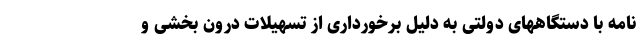
نامه با دستگاههای دولتی به دلیل برخورداری از تسهیلات درون بخشی و